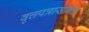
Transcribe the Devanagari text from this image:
वृत्तपत्रासोबत